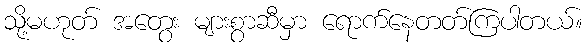
သို့မဟုတ် အတွေး များစွာဆီမှာ ရောက်နေတတ်ကြပါတယ်။